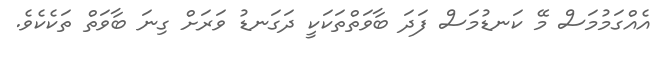
އެއްގަމުމަސް މޭ ކަނޑުމަސް ފަދަ ބާވަތްތަކަކީ ދަގަނޑު ވަރަށް ގިނަ ބާވަތް ތަކެކެވެ.